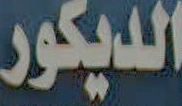
الديكور